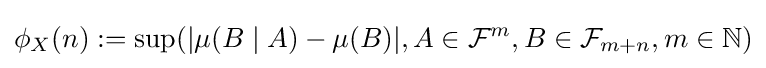
\phi _{X}(n):=\sup(|\mu (B\mid A)-\mu (B)|,A\in {\mathcal {F}}^{m},B\in {\mathcal {F}}_{m+n},m\in {\mathbb {N}})